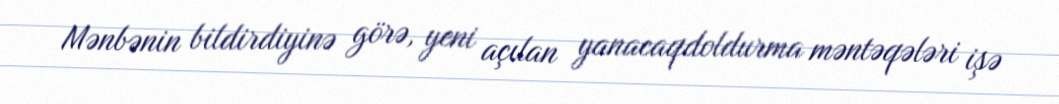
Mənbənin bildirdiyinə görə, yeni açılan yanacaqdoldurma məntəqələri işə